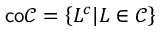
{ \mathsf { c o } } { \mathcal { C } } = \left\{ L ^ { c } | L \in { \mathcal { C } } \right\}